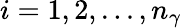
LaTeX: i=1,2,...,n_{\gamma}